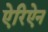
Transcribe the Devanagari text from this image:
ऐरिऐन